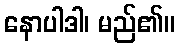
နောပါဒါ၊ မည်၏။